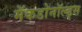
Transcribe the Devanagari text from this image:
मॅकडोनॉल्ड्स